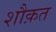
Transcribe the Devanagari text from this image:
शौक़त